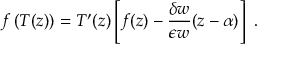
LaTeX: f \left( T ( z ) \right) = T ^ { \prime } ( z ) \left[ f ( z ) - \frac { \delta w } { \epsilon w } ( z - \alpha ) \right] \ .